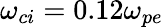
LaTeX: \omega_{ci}=0.12\omega_{pe}